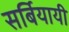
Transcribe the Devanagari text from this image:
सर्बियायी